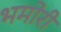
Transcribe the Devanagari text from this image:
भमोरी